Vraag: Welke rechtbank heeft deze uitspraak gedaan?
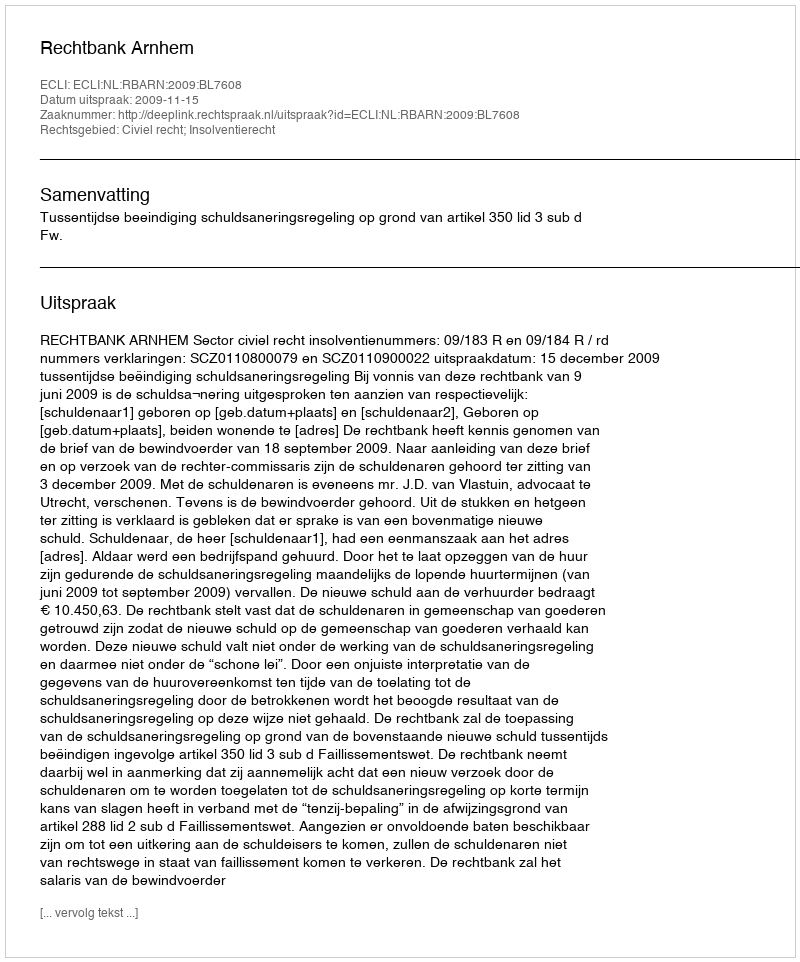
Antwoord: Rechtbank Arnhem